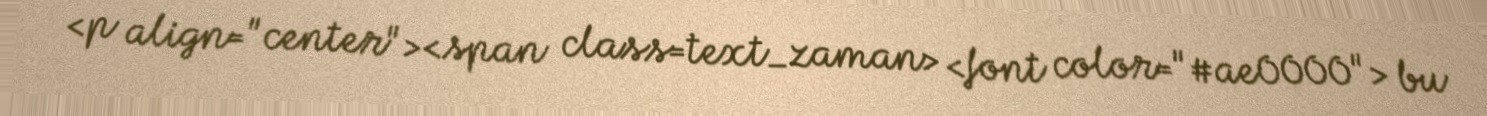
<p align="center"><span class=text_zaman> <font color="#ae0000"> bu